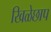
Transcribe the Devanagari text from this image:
खिळेछाप